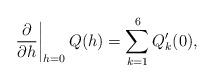
LaTeX: \begin{align*}\left.\frac{\partial}{\partial h}\right|_{h=0} Q(h)=\sum\limits_{k=1}^6 Q'_k(0),\end{align*}